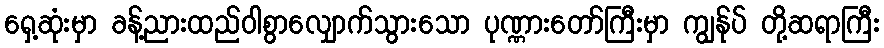
ရှေ့ဆုံးမှာ ခန့်ညားထည်ဝါစွာလျှောက်သွားသော ပုဏ္ဏားတော်ကြီးမှာ ကျွန်ုပ် တို့ဆရာကြီး